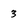
Character: 3